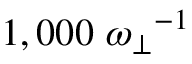
1 , 0 0 0 ~ { \omega _ { \perp } } ^ { - 1 }